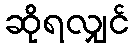
ဆိုရလျှင်